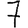
Digit: 7